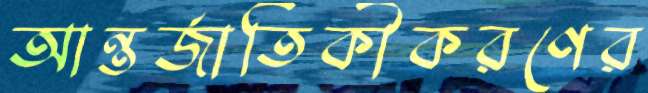
আন্তর্জাতিকীকরণের